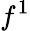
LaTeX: f^{1}